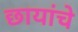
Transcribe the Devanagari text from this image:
छायांचे